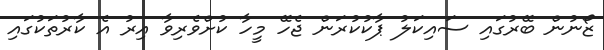
ޒޯނުން ބޭރުގައި ސައިކަލު ޕާކުކުރަން ޖެހޭ މީހާ ކުށްވެރިވާ އިރު އެ ކާރުތަކުގައި